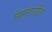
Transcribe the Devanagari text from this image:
सिर्गुराडोटिर